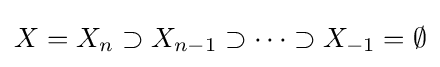
X=X_{n}\supset X_{n-1}\supset \cdots \supset X_{-1}=\emptyset